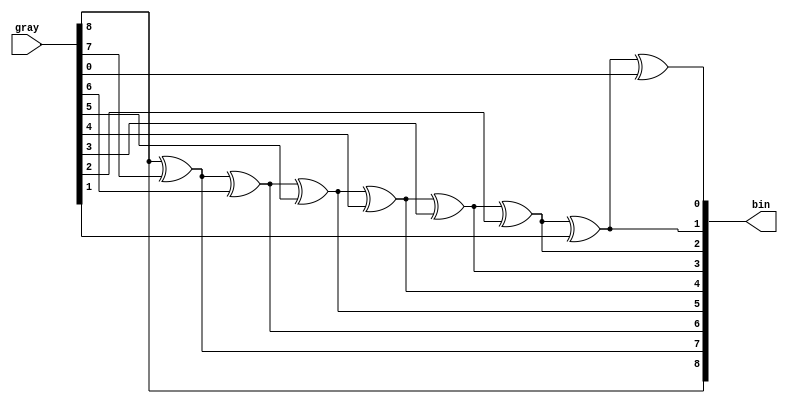
////////////////////////////////////////////////////////////////////
//         (C) Copyright 2008, SHHIC Corporation Ltd.             //
//                       ALL RIGHTS RESERVED                      //
//              SHHIC Corporation Ltd. CONFIDENTIAL               //
////////////////////////////////////////////////////////////////////
// Project:             HHIC2403                                  //
// Description:                                                   //
// Hierarchy: parent:   afifo.v                                   //
//            child :                                             //
//                                                                //
// Revision History:                                              //
// Version   Date         By Who       Modification               //
// V1.0     06/10/2008   He YuMing     create                     //
//                                                                //
////////////////////////////////////////////////////////////////////

`timescale 1ns/10ps


module gray2bin(
  gray,
  bin
  );

input   [8:0] gray;
output  [8:0] bin;

  assign  bin[0] = gray[8] ^ gray[7] ^ gray[6] ^ gray[5] ^ gray[4] ^ gray[3] ^ gray[2] ^ gray[1] ^ gray[0];
  assign  bin[1] = gray[8] ^ gray[7] ^ gray[6] ^ gray[5] ^ gray[4] ^ gray[3] ^ gray[2] ^ gray[1];
  assign  bin[2] = gray[8] ^ gray[7] ^ gray[6] ^ gray[5] ^ gray[4] ^ gray[3] ^ gray[2];
  assign  bin[3] = gray[8] ^ gray[7] ^ gray[6] ^ gray[5] ^ gray[4] ^ gray[3];
  assign  bin[4] = gray[8] ^ gray[7] ^ gray[6] ^ gray[5] ^ gray[4];
  assign  bin[5] = gray[8] ^ gray[7] ^ gray[6] ^ gray[5];
  assign  bin[6] = gray[8] ^ gray[7] ^ gray[6];
  assign  bin[7] = gray[8] ^ gray[7];
  assign  bin[8] = gray[8];

endmodule